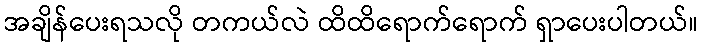
အချိန်ပေးရသလို တကယ်လဲ ထိထိရောက်ရောက် ရှာပေးပါတယ်။